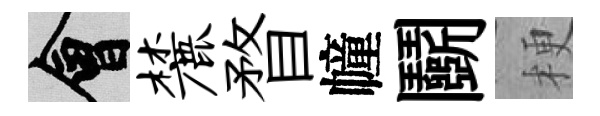
會麓瞀幢鬬梗